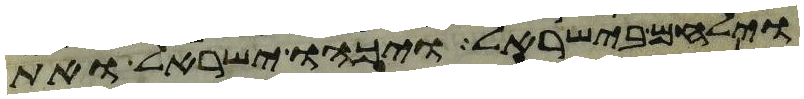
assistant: וילחם בישראל ויכהו ישראל ואת